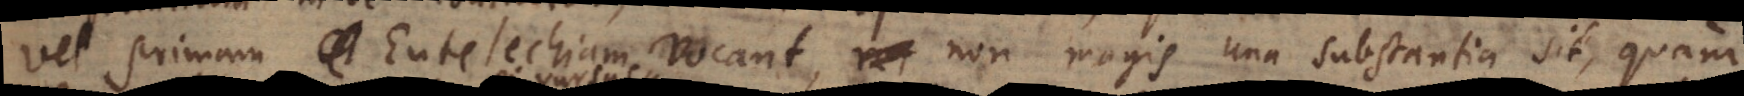
vel primam Entelechiam vocant, non magis una substantia sit, quam